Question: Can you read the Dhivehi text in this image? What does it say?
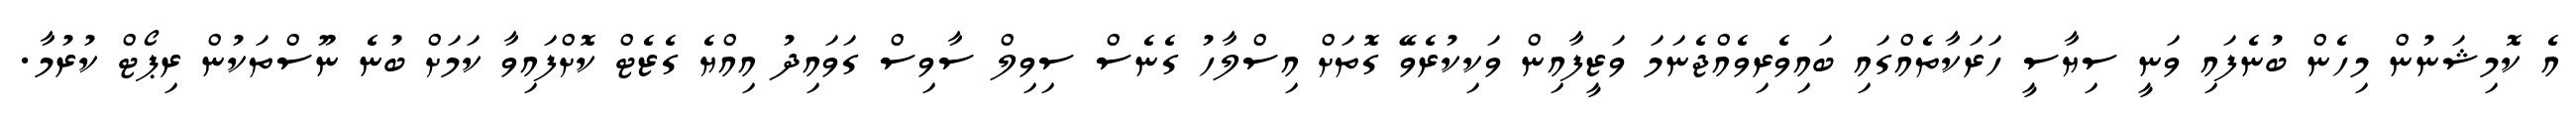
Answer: އެ ކޮމިޝަނުން މިހެން ބުނެފައި ވަނީ ސިޔާސީ ހަރަކާތެއްގައި ބައިވެރިވެއްޖެނަމަ ވަޒީފާއިން ވަކިކުރެވޭ ގޮތަށް އިސްލާހު ގެނެސް ސިވިލް ސާވިސް ގަވައިދު އިއްޔެ ގެޒެޓް ކޮށްފައިވާ ކަމަށް ބުނެ ނޫސްތަކުން ރިޕޯޓް ކުރުމާ.